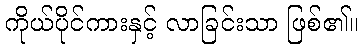
ကိုယ်ပိုင်ကားနှင့် လာခြင်းသာ ဖြစ်၏။